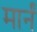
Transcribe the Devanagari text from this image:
मार्नं